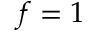
f = 1